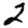
Digit: 2